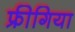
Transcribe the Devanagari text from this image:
फ्रीगिया